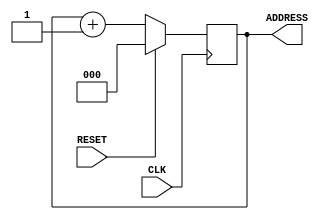
module address_generator (RESET, CLK, ADDRESS);

input RESET;
input CLK;

output [2:0] ADDRESS;

reg [2:0] ADDRESS;

always @(posedge CLK) begin
	if (RESET) begin
		ADDRESS <= 3'b000;
	end
	else begin
		ADDRESS <= ADDRESS + 3'b001;
	end
end
endmodule